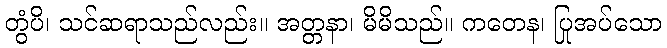
တွံပိ၊ သင်ဆရာသည်လည်း။ အတ္တနာ၊ မိမိသည်။ ကတေန၊ ပြုအပ်သော